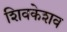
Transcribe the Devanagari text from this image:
शिवकेशव